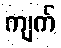
ကျက်